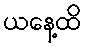
ယနေ့ထိ